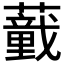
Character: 𱾸